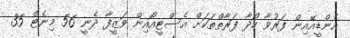
އެންޑީއޭއިން ފަރުވާ ހޯދާ ފަރާތްތަކަށް އެސްޓީއޯއިން ވަޒީފާ ދެނީ 56 މިނެޓް 35